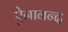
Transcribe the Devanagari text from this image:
ऐनानन्द